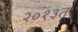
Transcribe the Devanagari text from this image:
२०१३त